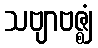
သဗျာဗဇ္ဈံ